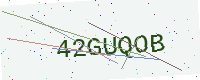
Text: 42GUQOB